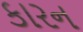
કારન